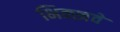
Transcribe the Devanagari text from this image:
भिक्खवे